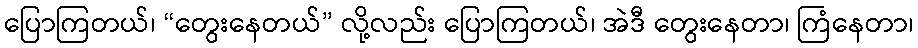
ပြောကြတယ်၊ “တွေးနေတယ်” လို့လည်း ပြောကြတယ်၊ အဲဒီ တွေးနေတာ၊ ကြံနေတာ၊